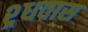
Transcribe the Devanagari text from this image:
श्र्धवास